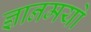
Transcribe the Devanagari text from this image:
ज्ञानमयो